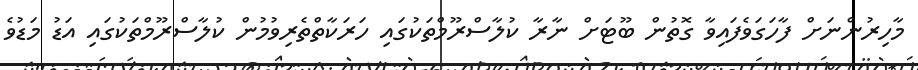
މާހިރުންނަށް ފާހަގަވެފައިވާ ގޮތުން ބޫޓަށް ނާރާ ކުލާސްރޫމްތަކުގައި ހަރަކާތްތެރިވުމުން ކުލާސްރޫމްތަކުގައި އަޑު މަޑުވެ